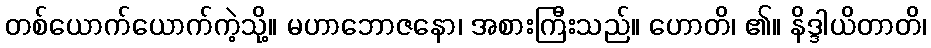
တစ်ယောက်ယောက်ကဲ့သို့။ မဟာဘောဇနော၊ အစားကြီးသည်။ ဟောတိ၊ ၏။ နိဒ္ဒါယိတာတိ၊